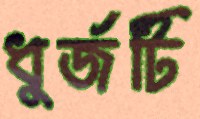
ধুর্জটি